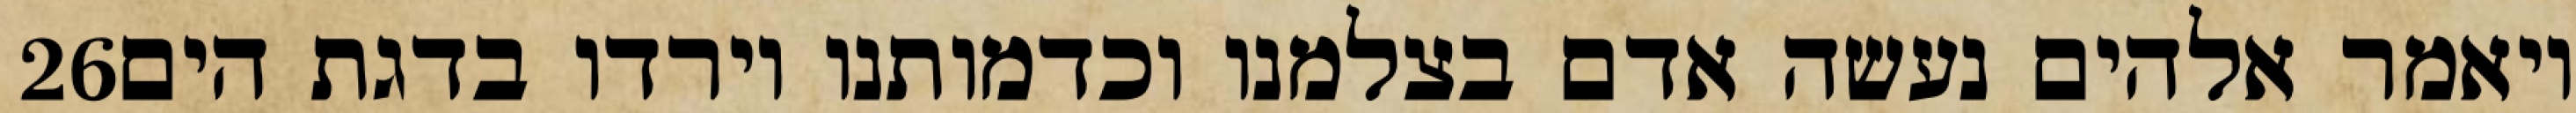
‎26‏ ויאמר אלהים נעשה אדם בצלמנו וכדמותנו וירדו בדגת הים